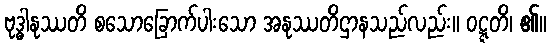
ဗုဒ္ဓါနုဿတိ စသောခြောက်ပါးသော အနုဿတိဌာနသည်လည်း။ ဝဋ္ဋတိ၊ ၏။